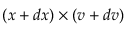
( x + d x ) \times ( v + d v )